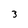
Character: 3